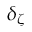
\delta _ { \zeta }